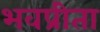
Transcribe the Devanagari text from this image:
भवप्रीता